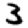
Digit: 3